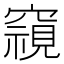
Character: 𮄚